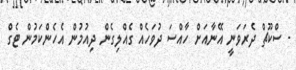
- ސްކޫޗް ދެރަވަނީ އޭނާއަށް ހާއްސަ ދުވަހެއް ގެއްލިގެން ދިއުމުން އެހެންކަމުން ޓެގް